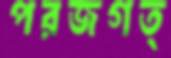
পরজগত্